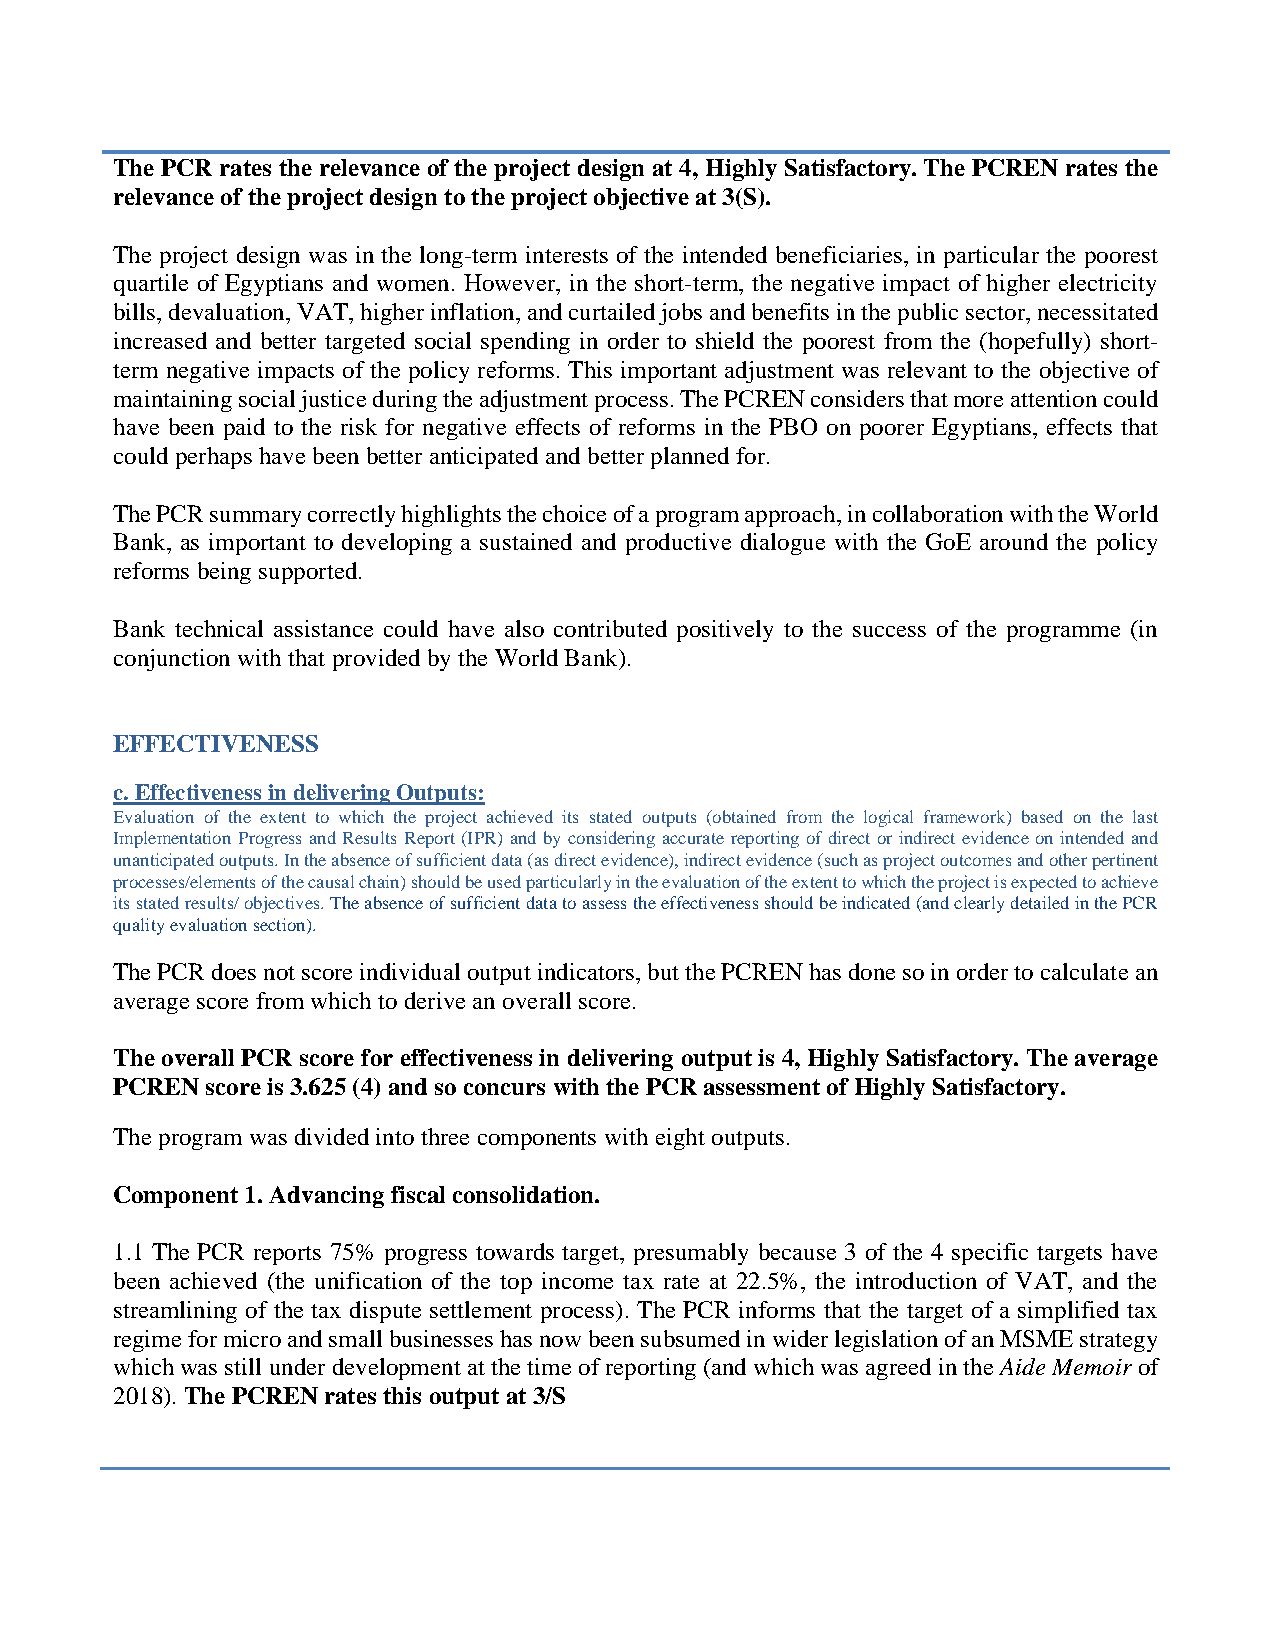
The PCR rates the relevance of the project design at 4, Highly Satisfactory. The PCREN rates the
 relevance of the project design to the project objective at 3(S).
 The project design was in the long-term interests of the intended beneficiaries, in particular the poorest
 quartile of Egyptians and women. However, in the short-term, the negative impact of higher electricity
 bills, devaluation, VAT, higher inflation, and curtailed jobs and benefits in the public sector, necessitated
 increased and better targeted social spending in order to shield the poorest from the (hopefully) short-
 term negative impacts of the policy reforms. This important adjustment was relevant to the objective of
 maintaining social justice during the adjustment process. The PCREN considers that more attention could
 have been paid to the risk for negative effects of reforms in the PBO on poorer Egyptians, effects that
 could perhaps have been better anticipated and better planned for.
 The PCR summary correctly highlights the choice of a program approach, in collaboration with the World
 Bank, as important to developing a sustained and productive dialogue with the GoE around the policy
 reforms being supported.
 Bank technical assistance could have also contributed positively to the success of the programme (in
 conjunction with that provided by the World Bank).
 EFFECTIVENESS
 c. Effectiveness in delivering Outputs:
 Evaluation of the extent to which the project achieved its stated outputs (obtained from the logical framework) based on the last
 Implementation Progress and Results Report (IPR) and by considering accurate reporting of direct or indirect evidence on intended and
 unanticipated outputs. In the absence of sufficient data (as direct evidence), indirect evidence (such as project outcomes and other pertinent
 processes/elements of the causal chain) should be used particularly in the evaluation of the extent to which the project is expected to achieve
 its stated results/ objectives. The absence of sufficient data to assess the effectiveness should be indicated (and clearly detailed in the PCR
 quality evaluation section).
 The PCR does not score individual output indicators, but the PCREN has done so in order to calculate an
 average score from which to derive an overall score.
 The overall PCR score for effectiveness in delivering output is 4, Highly Satisfactory. The average
 PCREN  score is 3.625 (4) and so concurs with the PCR assessment of Highly Satisfactory.
 The program was divided into three components with eight outputs.
 Component 1. Advancing fiscal consolidation.
 1.1 The PCR reports 75% progress towards target, presumably because 3 of the 4 specific targets have
 been achieved (the unification of the top income tax rate at 22.5%, the introduction of VAT, and the
 streamlining of the tax dispute settlement process). The PCR informs that the target of a simplified tax
 regime for micro and small businesses has now been subsumed in wider legislation of an MSME strategy
 which was still under development at the time of reporting (and which was agreed in the Aide Memoir of
 2018). The PCREN rates this output at 3/S